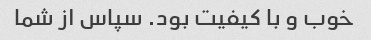
خوب و با کیفیت بود. سپاس از شما